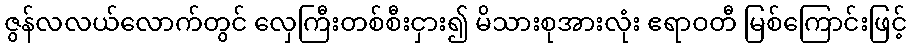
ဇွန်လလယ်လောက်တွင် လှေကြီးတစ်စီးငှား၍ မိသားစုအားလုံး ဧရာဝတီ မြစ်ကြောင်းဖြင့်